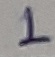
Text: 1